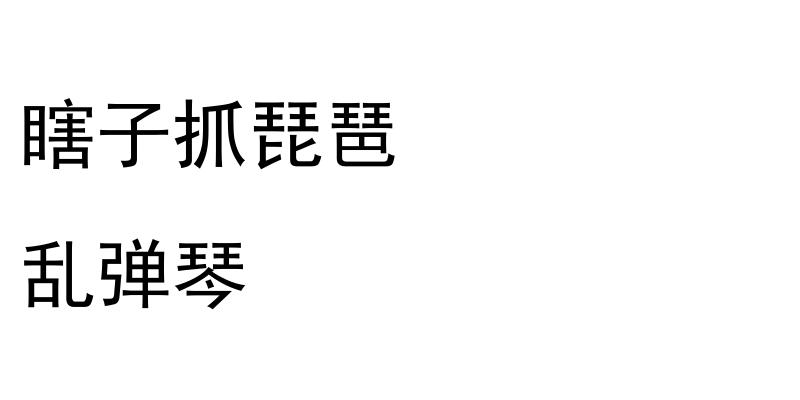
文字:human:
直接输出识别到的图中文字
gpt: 瞎子抓琵琶 乱弹琴